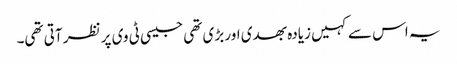
یہ اس سے کہیں زیادہ بھدی اور بڑی تھی جیسی ٹی وی پر نظر آتی تھی۔